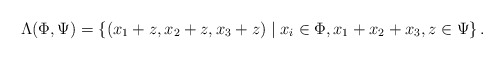
\begin{align*} \Lambda(\Phi, \Psi) = \left\lbrace (x_1 + z, x_2 + z, x_3 + z) \mid x_i \in \Phi, x_1 + x_2 + x_3, z \in \Psi \right\rbrace. \end{align*}